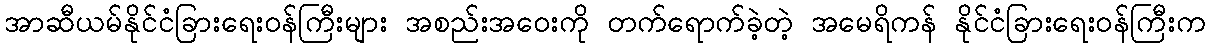
အာဆီယမ်နိုင်ငံခြားရေးဝန်ကြီးများ အစည်းအဝေးကို တက်ရောက်ခဲ့တဲ့ အမေရိကန် နိုင်ငံခြားရေးဝန်ကြီးက